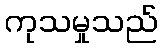
ကုသမှုသည်